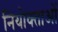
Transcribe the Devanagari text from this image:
नियोक्‍ताओं